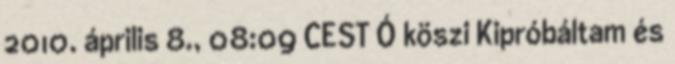
2010. április 8., 08:09 CEST Ó köszi Kipróbáltam és